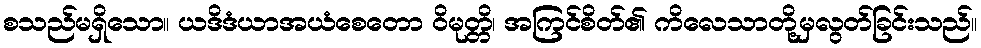
စသည်မရှိသော။ ယဒိဒံယာအယံစေတော ဝိမုတ္တိ၊ အကြင်စိတ်၏ ကိလေသာတို့မှလွတ်ခြင်းသည်။